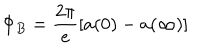
\Phi _ { B } = \frac { 2 \pi } e \left[ a ( 0 ) - a ( \infty ) \right]